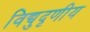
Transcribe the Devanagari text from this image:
विद्युदृणीय